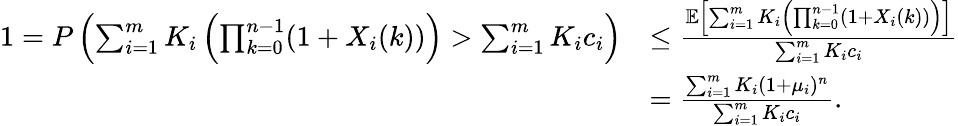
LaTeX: \begin{array}{rl}{1=P\left(\sum_{i=1}^{m}K_{i}\left(\prod_{k=0}^{n-1}(1+X_{i}(k))\right)>\sum_{i=1}^{m}K_{i}c_{i}\right)}&{\leq\frac{\mathbb{E}\left[\sum_{i=1}^{m}K_{i}\left(\prod_{k=0}^{n-1}(1+X_{i}(k))\right)\right]}{\sum_{i=1}^{m}K_{i}c_{i}}}\\ &{=\frac{\sum_{i=1}^{m}K_{i}(1+\mu_{i})^{n}}{\sum_{i=1}^{m}K_{i}c_{i}}.}\end{array}